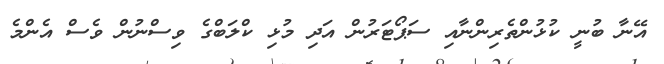
އޭނާ ބުނީ ކުޅުންތެރިންނާއި ސަޕޯޓަރުން އަދި މުޅި ކްލަބްގެ ވިސްނުން ވެސް އެންމެ